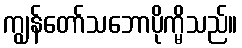
ကျွန်တော်သဘောပိုက္မိသည်။